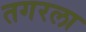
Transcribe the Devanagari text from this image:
तगरला